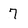
Character: 7